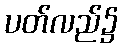
ပတ်လည်၌